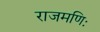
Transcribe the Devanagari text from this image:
राजमणिः